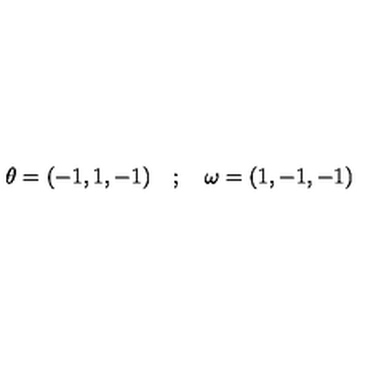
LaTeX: \theta = ( - 1 , 1 , - 1 ) \quad ; \quad \omega = ( 1 , - 1 , - 1 )